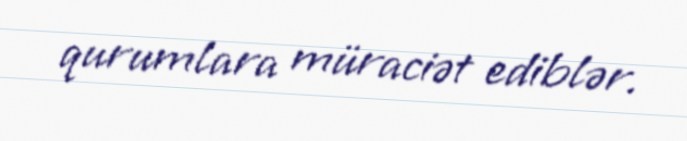
qurumlara müraciət ediblər.